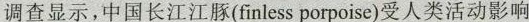
调查显示，中国长江江豚( finless porpoise)受人类活动影响